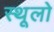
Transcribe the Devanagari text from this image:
स्थूलो